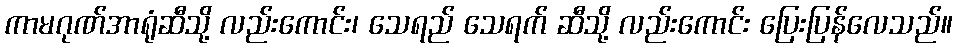
ကာမဂုဏ်အာရုံဆီသို့ လည်းကောင်း၊ သေရည် သေရက် ဆီသို့ လည်းကောင်း ပြေးပြန်လေသည်။